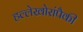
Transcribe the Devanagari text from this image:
हल्लेखोरांपैकी